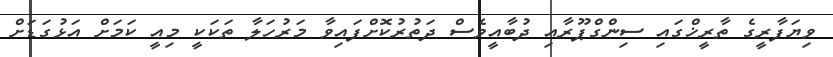
ވިޔަފާރީގެ ތާރީޚްގައި ސިންގްޕޫރާއި ދުބާއީވެސް ދަތުރުކޮށްފައިވާ މަރުހަލާ ތަކަކީ މިއީ ކަމަށް އަޅުގަޑަށް